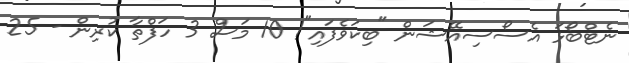
ނެޓްބޯޅަ އެސޯސިއޭޝަން "ބިކަވެފައި"! 10 މަސް 3 ހަފްތާ ކުރިން - 25